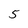
Character: 5